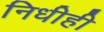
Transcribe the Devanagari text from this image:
निधीही